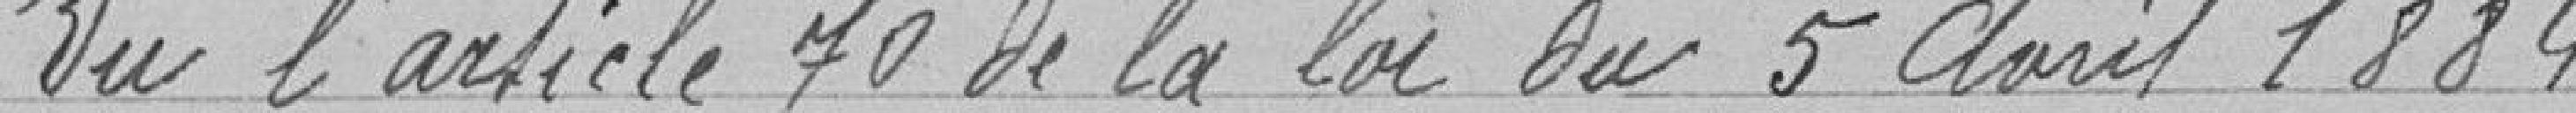
Vu l'article 70 de la loi du 5 avril 1884.